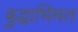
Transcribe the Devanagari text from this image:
बुद्धाभिमत